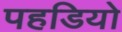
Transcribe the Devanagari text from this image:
पहडियो